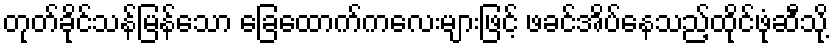
တုတ်ခိုင်သန်မြန်သော ခြေထောက်ကလေးများဖြင့် ဖခင်အိပ်နေသည့်ထိုင်ဖုံဆီသို့